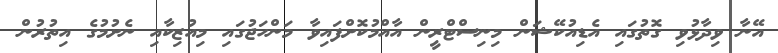
އޭނާ ވިދާޅުވި ގޮތުގައި އެޑިއުކޭޝަން މިނިސްޓްރީން އާއްމުކޮށްފައިވާ މަންހަޖުގައި މިއުޒިކާއި ނެށުމުގެ އިތުރުން